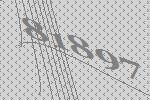
81897